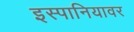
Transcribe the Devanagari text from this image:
इस्पानियावर